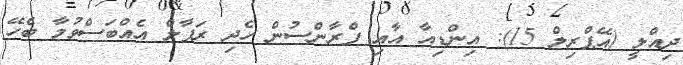
ދިއްލީ (އޭޕްރިލް 15): އިންޑިއާ އާއި ފްރާންސުން ހެދި ރަފާލް އެއްބަސްވުމާ ބެހޭ